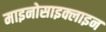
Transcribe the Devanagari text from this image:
माइनोसाइक्लाइन